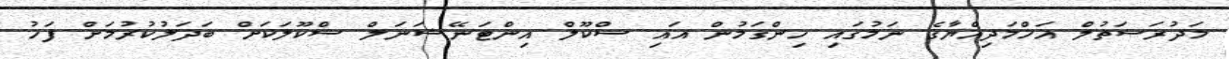
މަދުރަސަތުލް އަހްމަދިއްޔާގެ ނަމުގައި ހިންގަމުން އައި ސްކޫލް އިންޓަނޭޝަނަލް ސްކޫލަކަށް ބަދަލުކުރުމަށް ފަހު